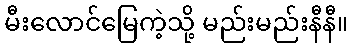
မီးလောင်မြေကဲ့သို့ မည်းမည်းနီနီ။